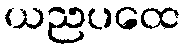
ယညပထေ